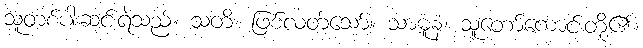
သူတစ်ပါးဆင်းရဲသည်။ သတိ၊ ဖြစ်လတ်သော်။ သာဓူနံ၊ သူတော်ကောင်းတို့၏။